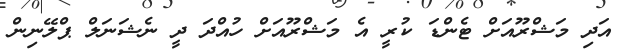
އަދި މަޝްރޫއަށް ޓެންޑަ ކުރީ އެ މަޝްރޫއަށް ހުއްދަ ދީ ނެޝަނަލް ޕްލޭނިން